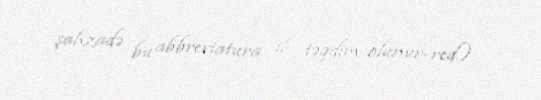
şahzadə bu abbreviatura il təqdim olunur-red.).